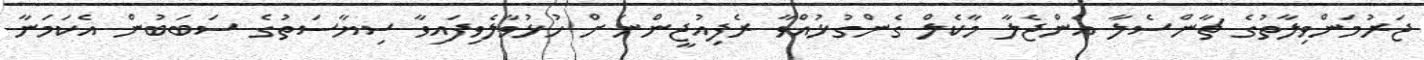
ޖަރުމަންވިލާތުގެ ޗާންސެލާ އެންޖެލާ މާކެލް ގެންގުޅުއްވާ ރެފިއުޖީންނަށް ހުޅުވާލެވިފައިވާ ސިޔާސަތުގެ ސަބަބުން އެކަމަނާ